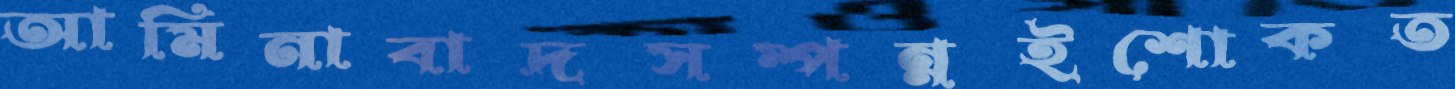
আমিনাবাদসম্পন্নইশোকত